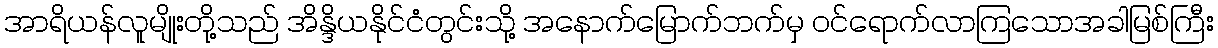
အာရိယန်လူမျိုးတို့သည် အိန္ဒိယနိုင်ငံတွင်းသို့ အနောက်မြောက်ဘက်မှ ဝင်ရောက်လာကြသောအခါမြစ်ကြီး